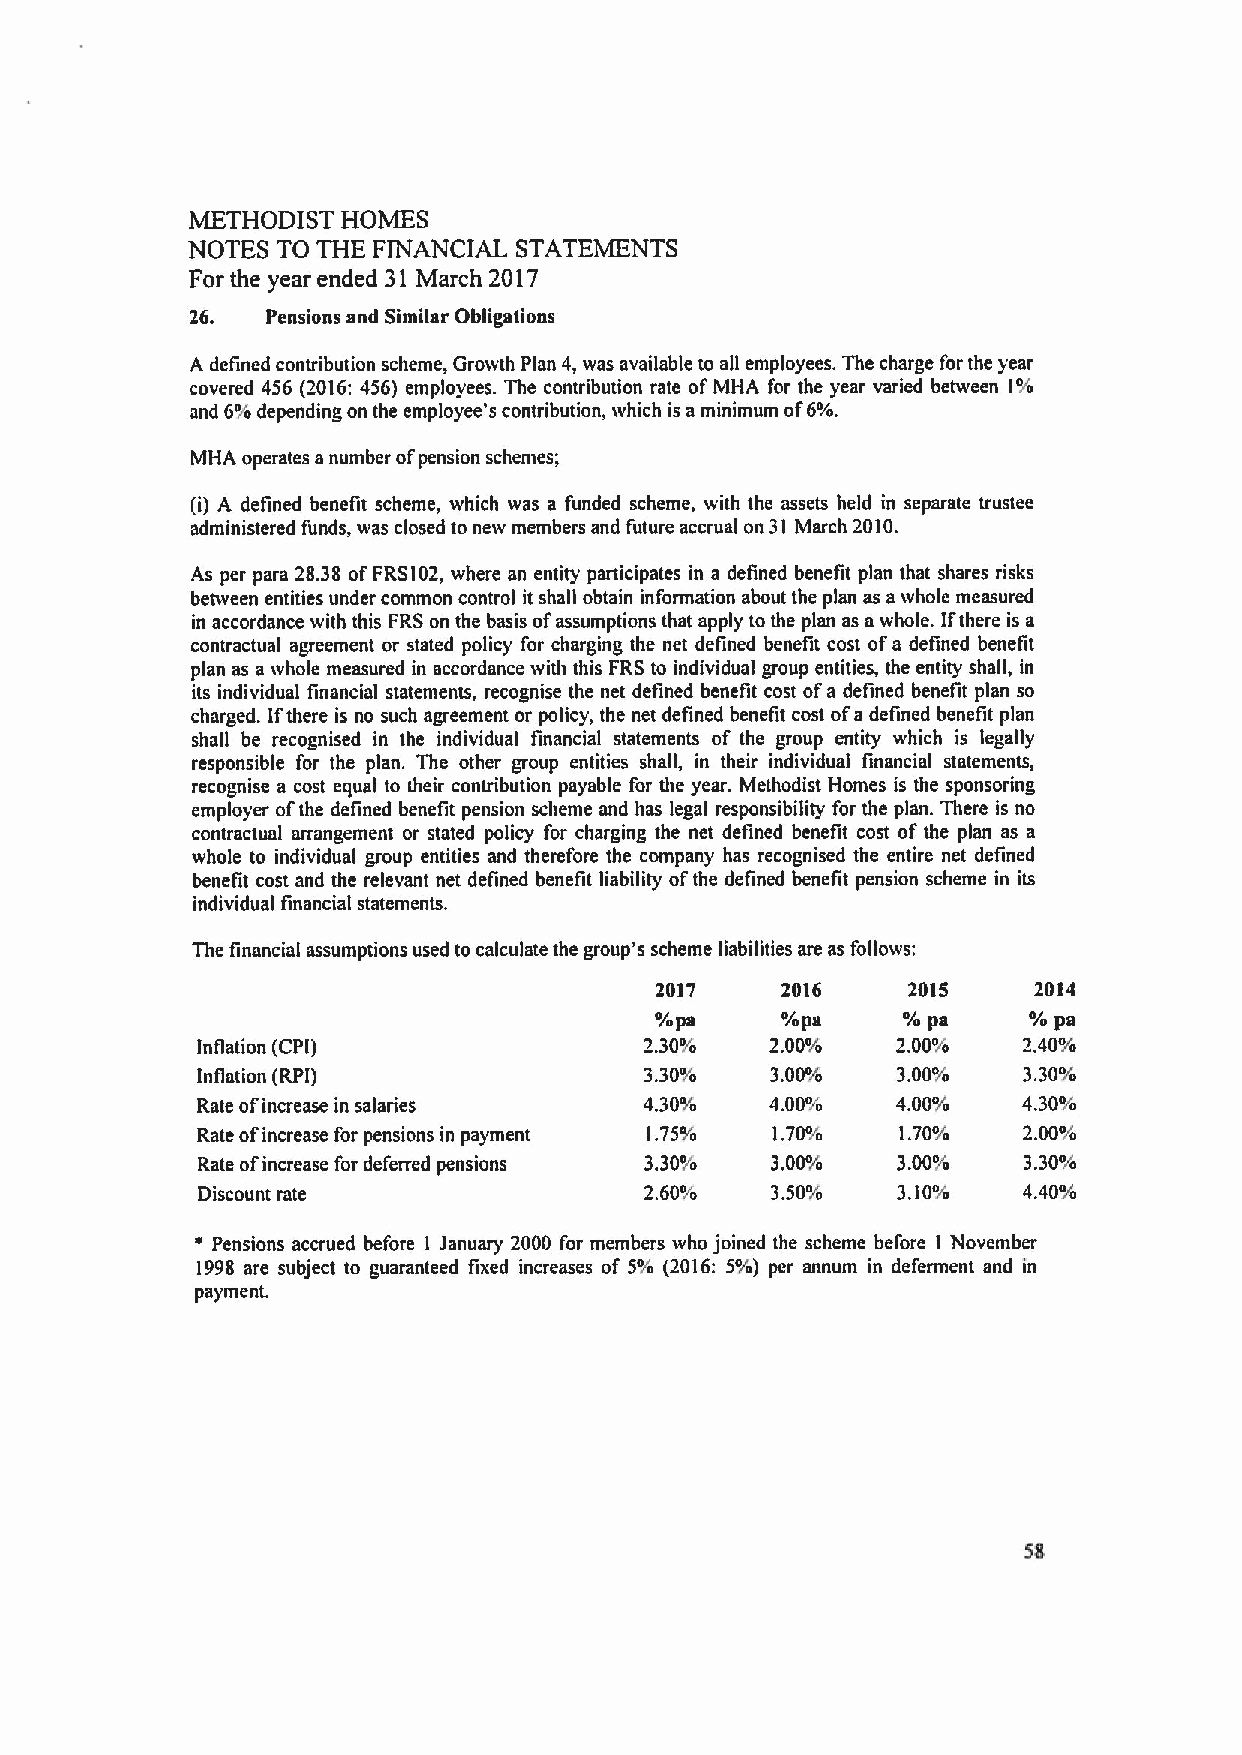
METHODIST HOMES
 NOTES TO THE FINANCIAL STATEMENTS
 For the year ended 31 March 2017
 26.  Pensions and Similar Obligations
 A defined contribution scheme, Growth Plan 4,was available to afl employees. The charge for the year
 covered 456 (2016:456) employees. The contribution rate ofMHA for the year varied between 1%
 and 6%depending on the employee's contribution, which is aminimum of6%.
 MHA operates anumber ofpension schemes;
 (i) A defined benefit scheme, which was a funded scheme, with the assets held in separate trustee
 administered funds, was closed to new members and future accrual on 31 March 2010.
 As per para 28.38 ofFRS102,where an entity participates in a defined benefit plan that shares risks
 between entities under common control it shall obtain information about the plan as awhole measured
 in accordance with this FRSon the basis ofassumptions that apply to the plan as awhole. Ifthere is a
 contractual agreement or stated policy for charging the net defined benefit cost ofa defined benefit
 plan as a whole measured in accordance with this FRS to individual group entities, the entity shall, in
 its individual financial statements, recognise the net defined benefit cost ofa defined benefit plan so
 charged. Ifthere is no such agreement or policy, the net defined benefit cost ofadefined benefit plan
 shall be recognised in the individual financial statements of the group entity which is legally
 responsible for the plan. The other group entities shall, in their individual financial statements,
 recognise a cost equal to their contribution payable for the year. Methodist Homes is the sponsoring
 employer ofthe defined benefit pension scheme and has legal responsibility for the plan. There is no
 contractual arrangement or stated policy for charging the net defined benefit cost of the plan as a
 whole to individual group entities and therefore the company has recognised the entire net defined
 benefit cost and the relevant net defined benefit liability ofthe delined benefit pension scheme in its
 individual financial statements.
 The financial assumptions used to calculate the group's scheme liabilities are as follows:
 2017     2016    2015    2014
 %pa      %pa     %pa     %pa
 Inflation (CPI)               2.30%   2.00%   2.00%    2.40%
 Inliation (RPI)               3.30%   3.00%   3.00%    3.30%
 Rate ofincrease in salaries   4.30%   4.00%   4.00%    4.30%
 Rate ofincrease for pensions in payment 1.75% 1.70% 1.70% 2 00%
 Rate ofincrease for deferred pensions 3.30% 3.00% 3.00% 3.30%
 Discount rate                 2.60%   3.50%   3.10%    4.40%
 a Pensions accrued before I January 2000 for members who joined the scheme before I November
 1998 are subject to guaranteed fixed increases of 5% (2016: 5%) per annum in deferment and in
 payment.
 5$